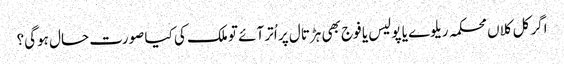
اگر کل کلاں محکمہ ریلوے یا پولیس یا فوج بھی ہڑتال پر اُتر آئے تو ملک کی کیا صورت حال ہوگی؟